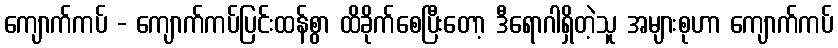
ကျောက်ကပ် - ကျောက်ကပ်ပြင်းထန်စွာ ထိခိုက်စေပြီးတော့ ဒီရောဂါရှိတဲ့သူ အများစုဟာ ကျောက်ကပ်